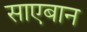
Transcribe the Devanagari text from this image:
साएबान